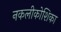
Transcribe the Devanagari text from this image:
नकलीकोशिका